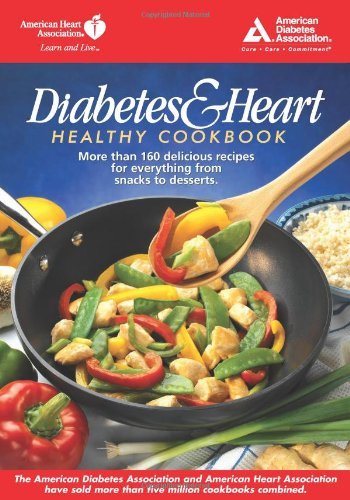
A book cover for Diabetes and Heart Healthy Cookbook by American Diabetes Association, American Heart Association [American Diabetes Association,2004] (Paperback); Health, Fitness & Dieting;